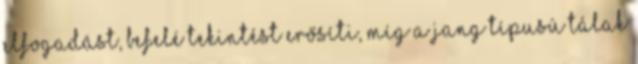
elfogadást, befelé tekintést erősíti, míg a jang típusú tálak